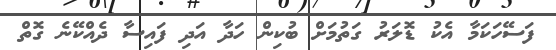
ފަސޭހަކަމާ އެކު ޑޮލަރު ގަތުމަށް ބުކިން ހަދާ އަދި ފައިސާ ދެއްކޭނެ ގޮތް